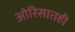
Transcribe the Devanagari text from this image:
ओरिसातही